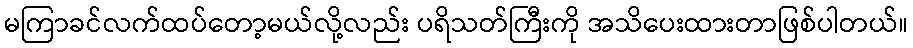
မကြာခင်လက်ထပ်တော့မယ်လို့လည်း ပရိသတ်ကြီးကို အသိပေးထားတာဖြစ်ပါတယ်။